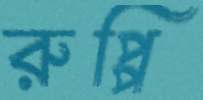
রুপ্পি